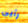
رأيى